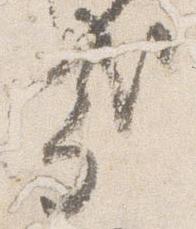
哉